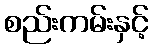
စည်းကမ်းနှင့်